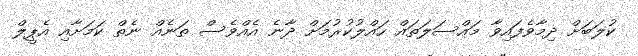
ކުލަބަށް ދިމާވެފައިވާ މައްސަލަތައް ހައްލުކުރުމަށް ދާނެ އެއްވެސް ތަނެއް ނެތް ކަމަށާއި އެޕީލް